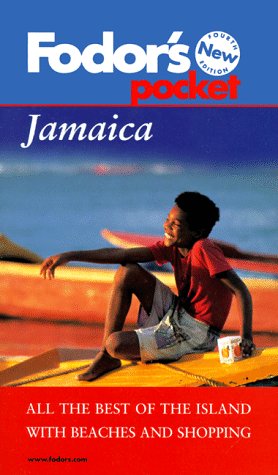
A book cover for Fodor's Pocket Jamaica, 4th Edition: All the Best of the Island with Beaches and Shopping (Fodor's in Focus Jamaica); Fodor's; Travel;